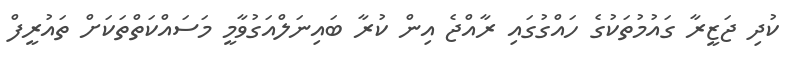
ކުދި ޖަޒީރާ ގައުމުތަކުގެ ހައްގުގައި ރާއްޖެ އިން ކުރާ ބައިނަލްއަގުވާމީ މަސައްކަތްތަކަށް ތައުރީފް